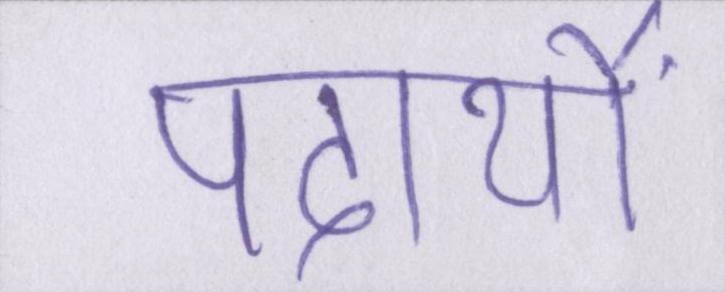
पदार्थों